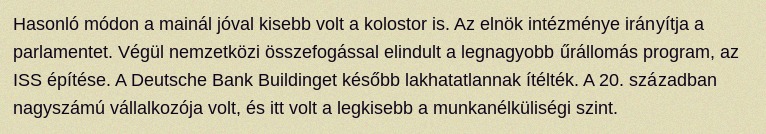
Hasonló módon a mainál jóval kisebb volt a kolostor is. Az elnök intézménye irányítja a parlamentet. Végül nemzetközi összefogással elindult a legnagyobb űrállomás program, az ISS építése. A Deutsche Bank Buildinget később lakhatatlannak ítélték. A 20. században nagyszámú vállalkozója volt, és itt volt a legkisebb a munkanélküliségi szint.